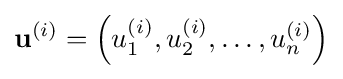
\mathbf {u} ^{(i)}=\left(u_{1}^{(i)},u_{2}^{(i)},\ldots ,u_{n}^{(i)}\right)